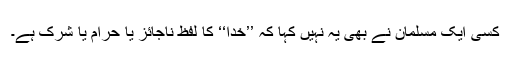
کسی ایک مسلمان نے بھی یہ نہیں کہا کہ ’’خدا‘‘ کا لفظ ناجائز یا حرام یا شرک ہے۔